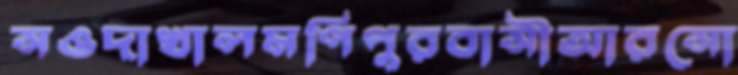
সওদাখালমণিপুরবাসীআরসো